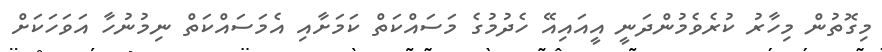
މިގޮތުން މިހާރު ކުރެވެމުންދަނީ އީއައިއޭ ހެދުމުގެ މަސައްކަތް ކަމަށާއި އެމަސައްކަތް ނިމުނުހާ އަވަހަކަށް